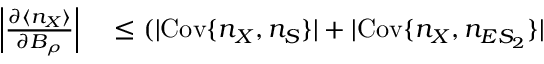
\begin{array} { r l } { \left| \frac { \partial \langle n _ { X } \rangle } { \partial B _ { \rho } } \right| } & { { } \leq ( | \mathrm { C o v } \{ n _ { X } , n _ { S } \} | + | \mathrm { C o v } \{ n _ { X } , n _ { E S _ { 2 } } \} | } \end{array}